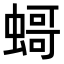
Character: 𧎺